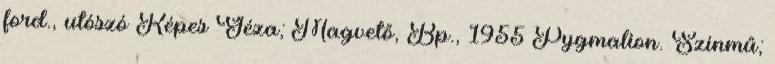
ford., utószó Képes Géza; Magvető, Bp., 1955 Pygmalion. Színmű;